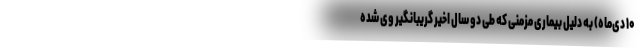
۱۰ دی‌ماه) به دلیل بیماری مزمنی که طی دو سال اخیر گریبانگیر وی شده